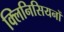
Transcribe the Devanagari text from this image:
क्लिनिसियनों